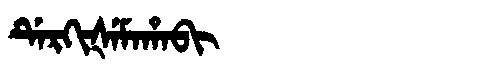
Manchu: ᡩᡝᡵᡴᡳᡧᡝᠮᠠᡥᠠᠪᡳ
Romanization: DERKIŠEMAHABI